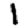
Digit: 1